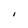
Character: I